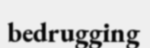
bedrugging